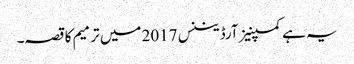
یہ ہے کمپنیز آرڈیننس 2017 میں ترمیم کا قصہ۔